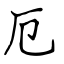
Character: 厄